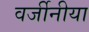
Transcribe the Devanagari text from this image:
वर्जीनीया